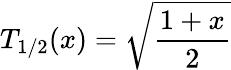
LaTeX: T_{1/2}(x)={\sqrt{\frac{1+x}{2}}}